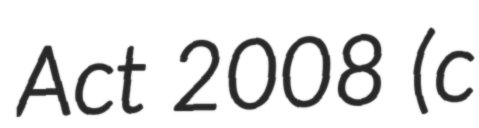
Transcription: Act 2008 (c